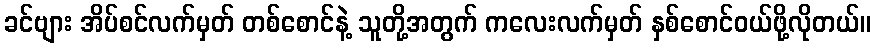
ခင်ဗျား အိပ်စင်လက်မှတ် တစ်စောင်နဲ့ သူတို့အတွက် ကလေးလက်မှတ် နှစ်စောင်ဝယ်ဖို့လိုတယ်။